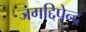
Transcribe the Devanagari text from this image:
जगद्दिपेन्द्र